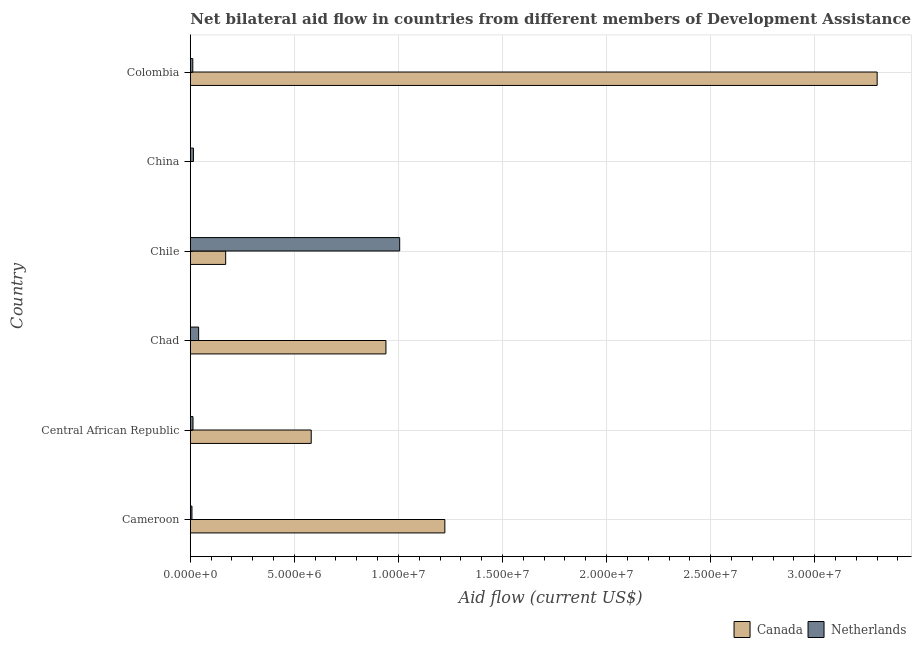
| Country | Canada | Netherlands |
 | --- | --- | --- |
 | Cameroon | 1.22e+07 | 8e+04 |
 | Central African Republic | 5.81e+06 | 1.3e+05 |
 | Chad | 9.4e+06 | 4e+05 |
 | Chile | 1.7e+06 | 1.01e+07 |
 | China | -1.97e+06 | 1.5e+05 |
 | Colombia | 3.3e+07 | 1.2e+05 |